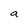
Character: a